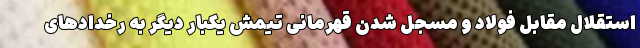
استقلال مقابل فولاد و مسجل شدن قهرمانی تیمش یکبار دیگر به رخداد‌های